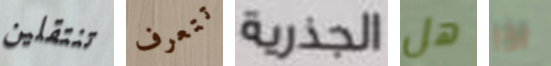
تنتقلين تتعرف الجذرية هل اذا